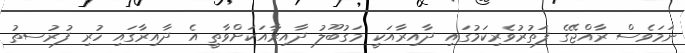
ނަމަވެސް ރާއްޖޭގެ ފަތުރުވެރިކަމުގައި ދާއިރާއަކީ މަގުބޫލު ދާއިރާއަކަށްވާތީ އެ ދާއިރާގައި ހުރި ފުރުސތު